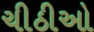
ચીઠીઓ